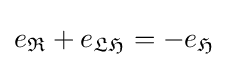
e_{\mathfrak {R}}+e_{\mathfrak {LH}}=-e_{\mathfrak {H}}